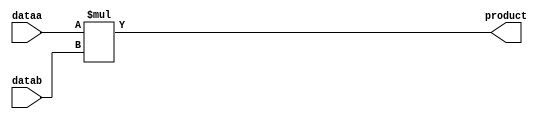
//****************************************************************************
//
//  mult2x2.v -
//
//****************************************************************************

module mult2x2
(
  input   [1:0] dataa,    // Declare multiplier inputs
                datab,
  output  [3:0] product   // Declare multiplier output
);

  assign
    product = dataa * datab;

endmodule